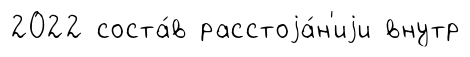
2022 соста́в расстоjа́н'иjи внутр